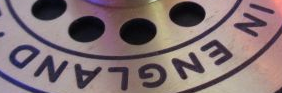
IN ENGLAND